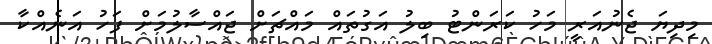
މިދިޔަ ޖެނުއަރީ މަހު ކަރަންޓު ބިލު އަގުތައް މައްޗަށް ޖައްސާލުމަށް ފަހު އަނެއްކާ